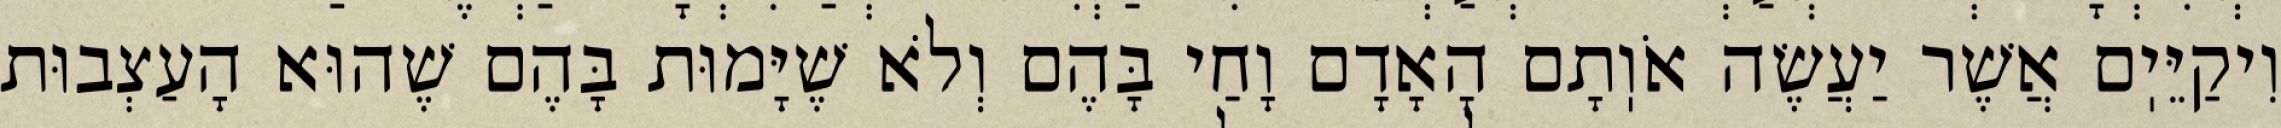
וִיקַיֵּיֽם אֲשֶׁר יַעֲשֶׂה אֹוֽתָם הָאָדָם וָחַי בָּהֶם וְלֹא שֶׁיָּמוּת בָּהֶם שֶׁהוּא הָעַצְבוּת